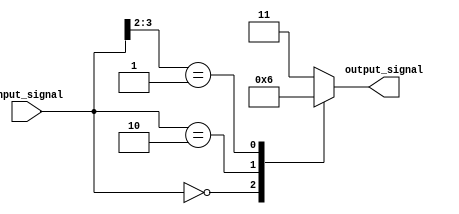
module casez_statement (
    input wire [3:0] input_signal,
    output reg [1:0] output_signal
);

always @(*)
begin
    casez(input_signal)
        4'b0000: output_signal <= 2'b00;
        4'b0010: output_signal <= 2'b01;
        4'b01??: output_signal <= 2'b10; // handle don't-care conditions
        default: output_signal <= 2'b11;
    endcase
end

endmodule